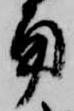
角